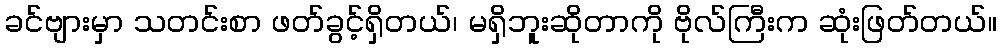
ခင်ဗျားမှာ သတင်းစာ ဖတ်ခွင့်ရှိတယ်၊ မရှိဘူးဆိုတာကို ဗိုလ်ကြီးက ဆုံးဖြတ်တယ်။